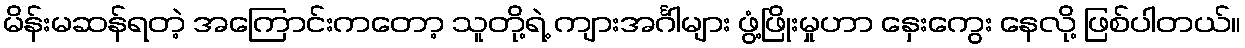
မိန်းမဆန်ရတဲ့ အကြောင်းကတော့ သူတို့ရဲ့ ကျားအင်္ဂါများ ဖွံ့ဖြိုးမှုဟာ နှေးကွေး နေလို့ ဖြစ်ပါတယ်။